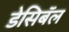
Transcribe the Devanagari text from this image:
डेसिबॅल